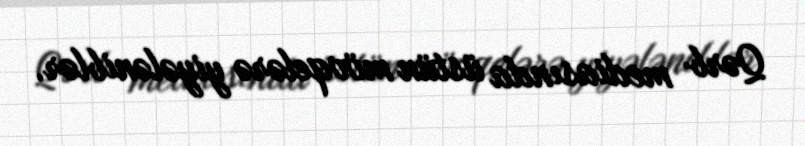
Qərb mediasında üstün mövqelərə yiyələniblər.